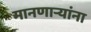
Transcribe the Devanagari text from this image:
मानणाऱ्यांना